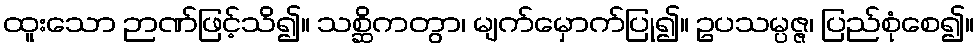
ထူးသော ဉာဏ်ဖြင့်သိ၍။ သစ္ဆိကတွာ၊ မျက်မှောက်ပြု၍။ ဥပသမ္ပဇ္ဇ၊ ပြည်စုံစေ၍။